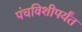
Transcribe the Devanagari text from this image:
पंचविशीपर्यंत